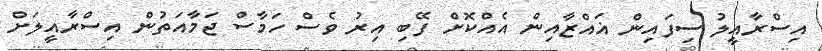
އިސްރާއީލު ސިފައިން ޣައްޒާއިން އެއްކޮށް ފޭބި އިރު ވެސް ހަމާސް ޖަމާއަތުން އިސްރާއީލަށް